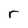
Character: r